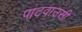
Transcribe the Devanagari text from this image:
पाटवाउसी